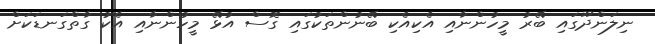
ނިލަންދޫގައި ބޭރު މީހުންނާއި އެކިއެކި ބޭނުންތަކުގައި ގޮސް އުޅޭ މީހުންނާއި އެކު ގާތްގަނޑަކަށް